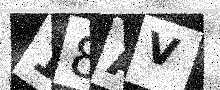
Text: 18AV